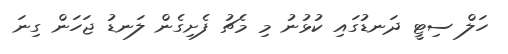
ހަލް ސިޓީ ދަނޑުގައި ކުޅުނު މި މެޗު ފެށިގެން ލަނޑު ޖަހަން ގިނަ